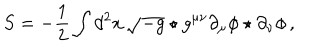
S = - \frac { 1 } { 2 } \int d ^ { 2 } x \, \sqrt { - g } \star g ^ { \mu \nu } \partial _ { \mu } \phi \star \partial _ { \nu } \phi \, ,